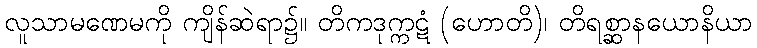
လူသာမဏေမကို ကျိန်ဆဲရာ၌။ တိကဒုက္ကဋံ (ဟောတိ)၊ တိရစ္ဆာနယောနိယာ